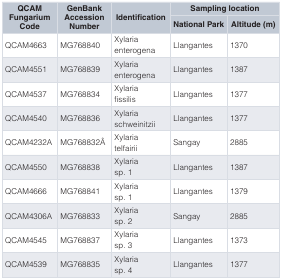
<table><thead><tr><td rowspan="2"><b>QCAMFungariumCode</b></td><td rowspan="2"><b>GenBankAccessionNumber</b></td><td rowspan="2"><b>Identification</b></td><td colspan="2"><b>Sampling location</b></td></tr><tr><td><b>National Park</b></td><td><b>Altitude (m)</b></td></tr></thead><tbody><tr><td>QCAM4663</td><td>MG768840</td><td>Xylariaenterogena</td><td>Llangantes</td><td>1370</td></tr><tr><td>QCAM4551</td><td>MG768839</td><td>Xylariaenterogena</td><td>Llangantes</td><td>1387</td></tr><tr><td>QCAM4537</td><td>MG768834</td><td>Xylariafissilis</td><td>Llangantes</td><td>1377</td></tr><tr><td>QCAM4540</td><td>MG768836</td><td>Xylariaschweinitzii</td><td>Llangantes</td><td>1377</td></tr><tr><td>QCAM4232A</td><td>MG768832Â</td><td>Xylariatelfairii</td><td>Sangay</td><td>2885</td></tr><tr><td>QCAM4550</td><td>MG768838</td><td>Xylariasp. 1</td><td>Llangantes</td><td>1387</td></tr><tr><td>QCAM4666</td><td>MG768841</td><td>Xylariasp. 1</td><td>Llangantes</td><td>1379</td></tr><tr><td>QCAM4306A</td><td>MG768833</td><td>Xylariasp. 2</td><td>Sangay</td><td>2885</td></tr><tr><td>QCAM4545</td><td>MG768837</td><td>Xylariasp. 3</td><td>Llangantes</td><td>1373</td></tr><tr><td>QCAM4539</td><td>MG768835</td><td>Xylariasp. 4</td><td>Llangantes</td><td>1377</td></tr></tbody></table>